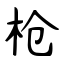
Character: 枪